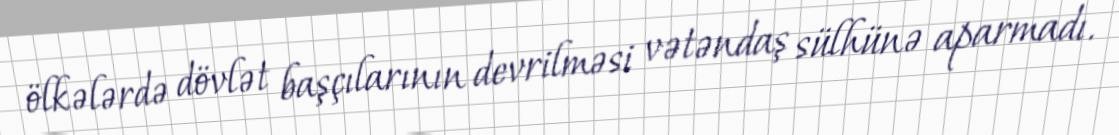
ölkələrdə dövlət başçılarının devrilməsi vətəndaş sülhünə aparmadı.